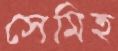
সেমিহ